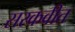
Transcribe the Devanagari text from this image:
सरकवीत